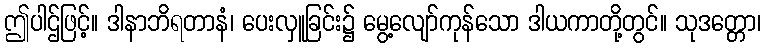
ဤပါဌ်ဖြင့်။ ဒါနာဘိရတာနံ၊ ပေးလှူခြင်း၌ မွေ့လျော်ကုန်သော ဒါယကာတို့တွင်။ သုဒတ္တော၊